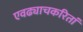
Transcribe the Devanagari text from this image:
एवढ्याचकरितां